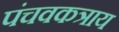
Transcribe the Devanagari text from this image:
पंचवकत्राय